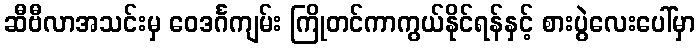
ဆီဗီလာအသင်းမှ ဝေဒင်္ဂကျမ်း ကြိုတင်ကာကွယ်နိုင်ရန်နှင့် စားပွဲလေးပေါ်မှာ